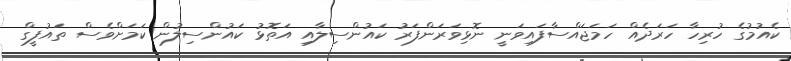
ކެއުމުގެ ހުރިހާ ހަރަދެއް ހަމަޖައްސާފައިވަނީ ނޮޅިވަރަންފަރު ކައުންސިލާއި އަތޮޅު ކައުންސިލުން ކަމަށްވެސް ތައުފީގް